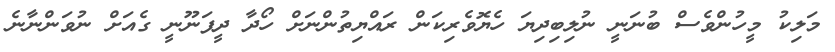
މަލިކު މީހުންވެސް ބުނަނީ ނުލިބިދިޔަ ހެޔޮވެރިކަން ރައްޔިތުންނަށް ހޯދާ ދީފަނޫނީ ގެއަށް ނުވަންނާނެ